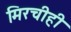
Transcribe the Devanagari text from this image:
मिरचीही